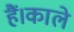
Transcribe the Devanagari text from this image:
हैं।काले